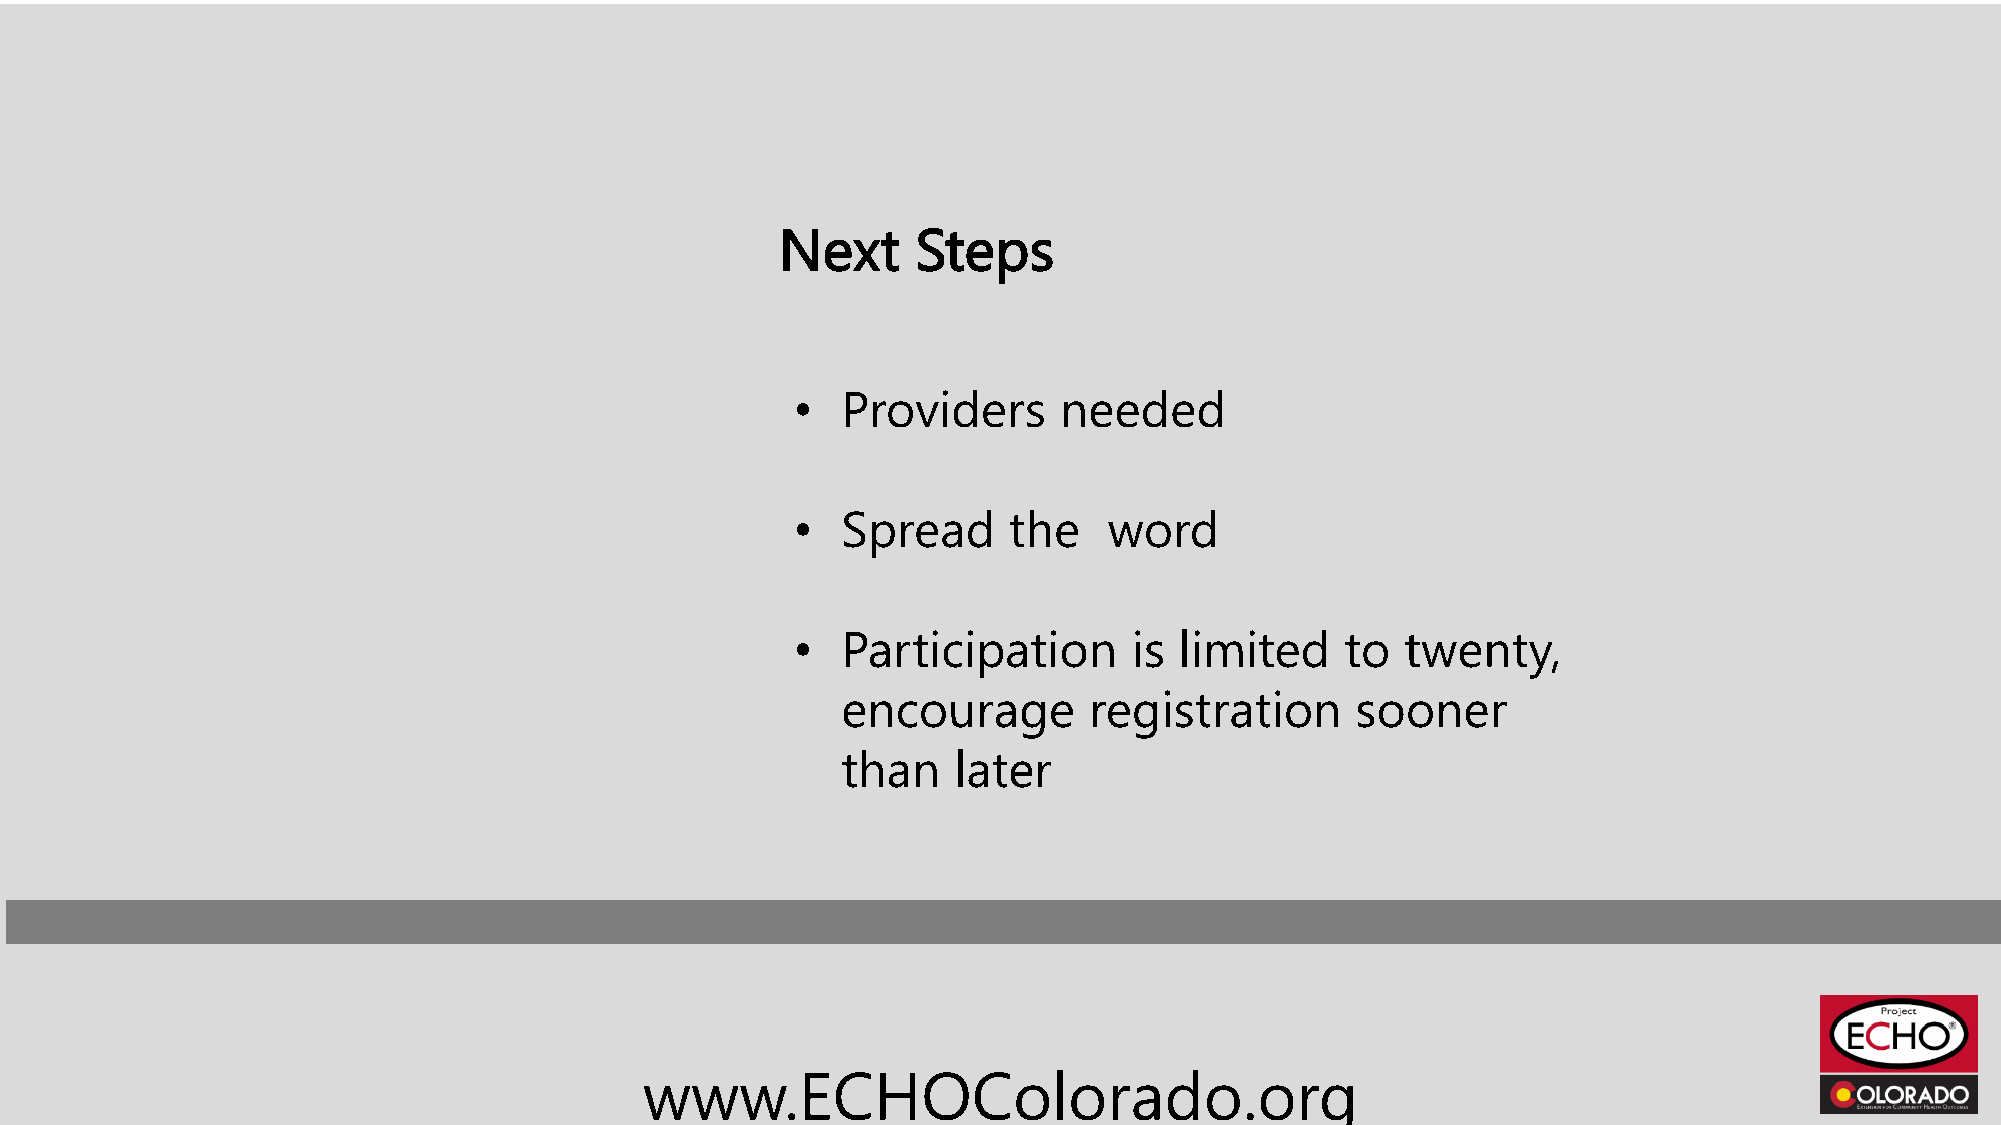
Next     Steps
 •  Providers     needed
 •  Spread     the   word
 •  Participation      is limited    to  twenty,
 encourage       registration      sooner
 than   later
 www.ECHOColorado.org